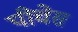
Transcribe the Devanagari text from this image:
पीचेस